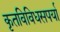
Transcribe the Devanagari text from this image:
कृतविविधसपर्या